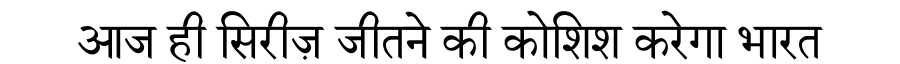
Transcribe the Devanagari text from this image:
आज ही सिरीज़ जीतने की कोशिश करेगा भारत